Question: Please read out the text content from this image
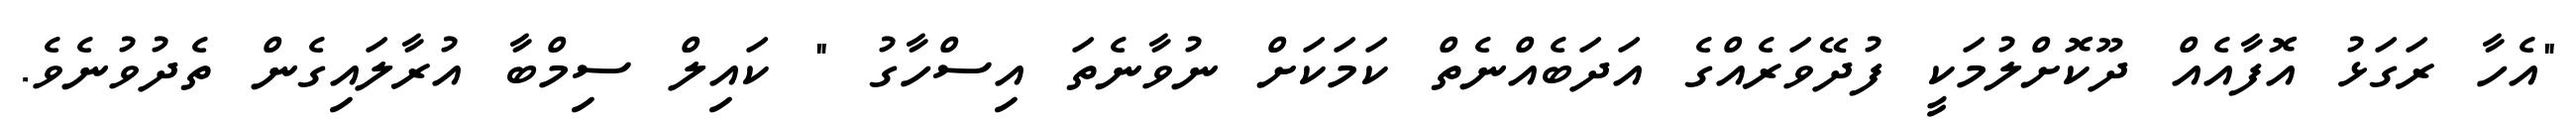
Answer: "އެހާ ރަގަޅު އޮފާއެއް ދޫކޮށްލުމަކީ ފުދޭވަރެއްގެ އަދަބެއްނެތް ކަމަކަށް ނުވާނެތަ އިސްހާގު " ކައިލް ސިމްބާ އުރާލައިގެން ތެދުވުނެވެ.